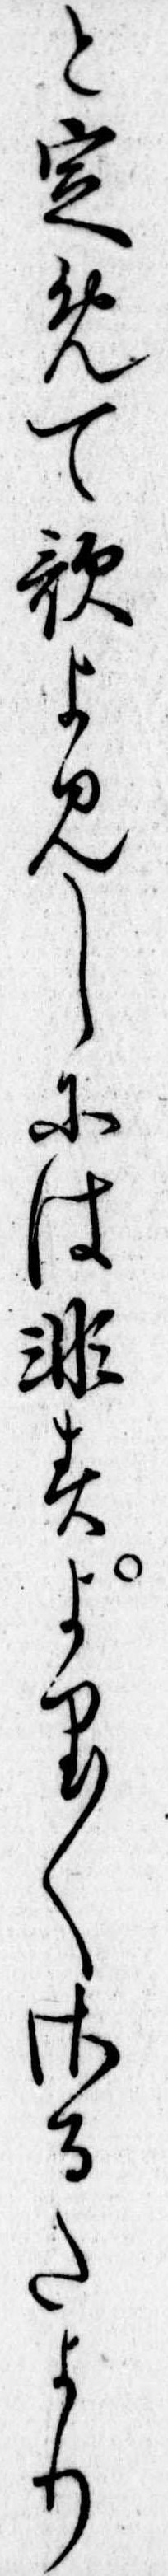
と定めて歌よみしには非すより〱さるたより